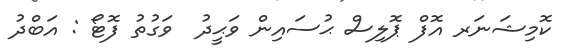
ކޮމިޝަނަރ އޮފް ޕޮލިސް ޙުސައިން ވަޙީދު  ވަގުތު ފޮޓޯ : އަބްދު